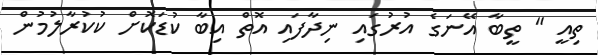
ތިއީ " ތީބާ އޭނަގެ އުރުގައި ނިދާފައި އޮތް އިބާ ކުޑަކޮށް ކުކުރާލުމުން